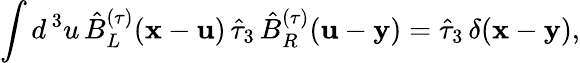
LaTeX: \int d^{\, 3}u\, \hat{B}_{L}^{(\tau)}({\mathbf x}-{\mathbf u})\, \hat{\tau}_{3}\, \hat{B}_{R}^{(\tau)}({\mathbf u}-{\mathbf y})=\hat{\tau}_{3}\, \delta({\mathbf x}-{\mathbf y}),